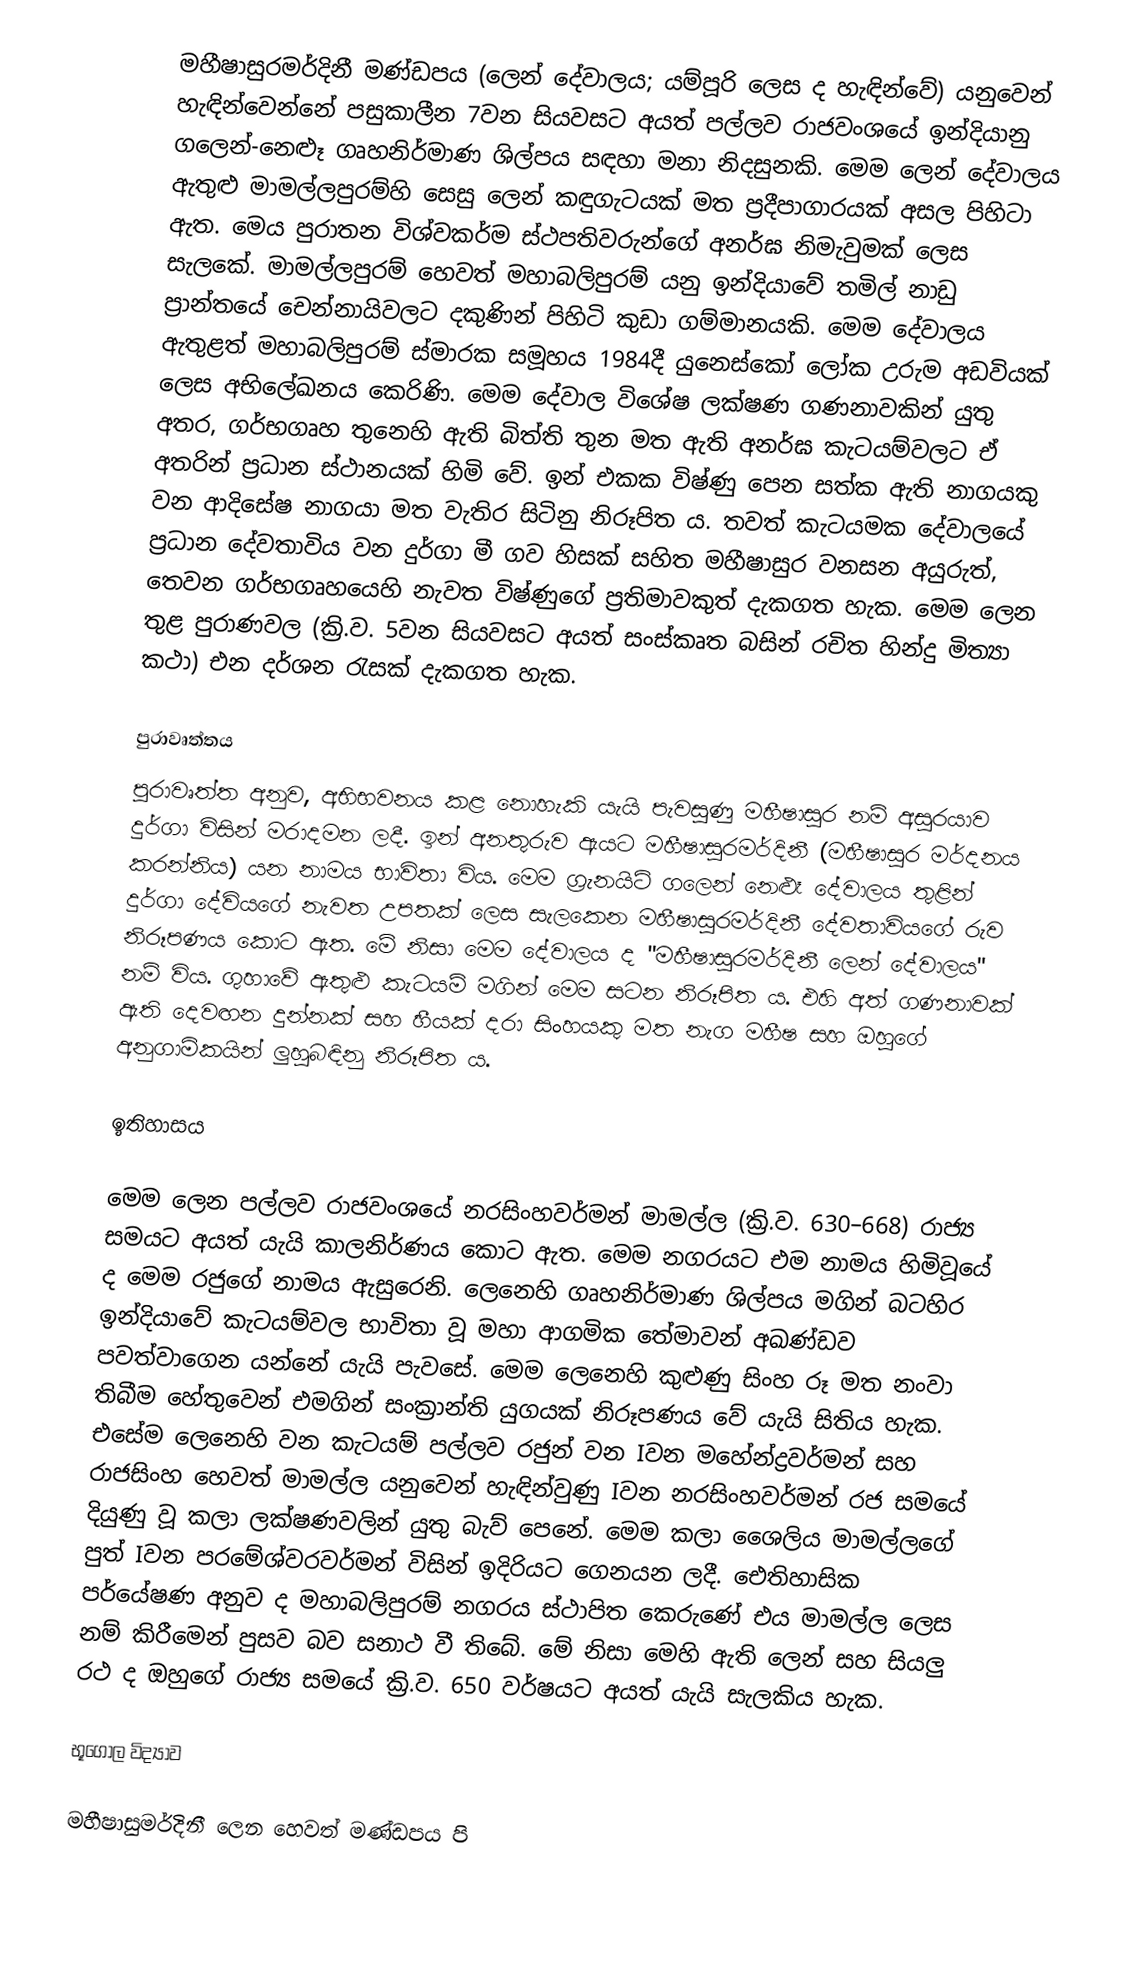
මහීෂාසුරමර්දිනී මණ්ඩපය (ලෙන් දේවාලය; යම්පූරි ලෙස ද හැඳින්වේ) යනුවෙන් හැඳින්වෙන්නේ පසුකාලීන 7වන සියවසට අයත් පල්ලව රාජවංශයේ ඉන්දියානු ගලෙන්-නෙළූ ගෘහනිර්මාණ ශිල්පය සඳහා මනා නිදසුනකි. මෙම ලෙන් දේවාලය ඇතුළු මාමල්ලපුරම්හි සෙසු ලෙන් කඳුගැටයක් මත ප්‍රදීපාගාරයක් අසල පිහිටා ඇත. මෙය පුරාතන විශ්වකර්ම ස්ථපතිවරුන්ගේ අනර්ඝ නිමැවුමක් ලෙස සැලකේ. මාමල්ලපුරම් හෙවත් මහාබලිපුරම් යනු ඉන්දියාවේ තමිල් නාඩු ප්‍රාන්තයේ චෙන්නායිවලට දකුණින් පිහිටි කුඩා ගම්මානයකි. මෙම දේවාලය ඇතුළත් මහාබලිපුරම් ස්මාරක සමූහය 1984දී යුනෙස්කෝ ලෝක උරුම අඩවියක් ලෙස අභිලේඛනය කෙරිණි. මෙම දේවාල විශේෂ ලක්ෂණ ගණනාවකින් යුතු අතර, ගර්භගෘහ තුනෙහි ඇති බිත්ති තුන මත ඇති අනර්ඝ කැටයම්වලට ඒ අතරින් ප්‍රධාන ස්ථානයක් හිමි වේ. ඉන් එකක විෂ්ණු පෙන සත්ක ඇති නාගයකු වන ආදිසේෂ නාගයා මත වැතිර සිටිනු නිරූපිත ය. තවත් කැටයමක දේවාලයේ ප්‍රධාන දේවතාවිය වන දුර්ගා මී ගව හිසක් සහිත මහීෂාසුර වනසන අයුරුත්, තෙවන ගර්භගෘහයෙහි නැවත විෂ්ණුගේ ප්‍රතිමාවකුත් දැකගත හැක. මෙම ලෙන තුළ පුරාණවල (ක්‍රි.ව. 5වන සියවසට අයත් සංස්කෘත බසින් රචිත හින්දු මිත්‍යා කථා) එන දර්ශන රැසක් දැකගත හැක.

පුරාවෘත්තය
පුරාවෘත්ත අනුව, අභිභවනය කළ නොහැකි යැයි පැවසුණු මහීෂාසුර නම් අසුරයාව දුර්ගා විසින් මරාදමන ලදී. ඉන් අනතුරුව ඇයට මහීෂාසුරමර්දිනී (මහීෂාසුර මර්දනය කරන්නිය) යන නාමය භාවිතා විය. මෙම ග්‍රැනයිට් ගලෙන් නෙළූ දේවාලය තුළින් දුර්ගා දේවියගේ නැවත උපතක් ලෙස සැලකෙන මහීෂාසුරමර්දිනී‍ දේවතාවියගේ රුව නිරූපණය කොට ඇත. මේ නිසා මෙම දේවාලය ද "මහීෂාසුරමර්දිනී ලෙන් දේවාලය" නම් විය. ගුහාවේ ඇතුළු කැටයම් මගින් මෙම සටන නිරූපිත ය. එහි අත් ගණනාවක් ඇති දෙවඟන දුන්නක් සහ හීයක් දරා සිංහයකු මත නැග මහීෂ සහ ඔහුගේ අනුගාමිකයින් ලුහුබඳිනු නිරූපිත ය.

ඉතිහාසය

මෙම ලෙන පල්ලව රාජවංශයේ නරසිංහවර්මන් මාමල්ල (ක්‍රි.ව. 630–668) රාජ්‍ය සමයට අයත් යැයි කාලනිර්ණය කොට ඇත. මෙම නගරයට එම නාමය හිමිවූයේ ද මෙම රජුගේ නාමය ඇසුරෙනි. ලෙනෙහි ගෘහනිර්මාණ ශිල්පය මගින් බටහිර ඉන්දියාවේ කැටයම්වල භාවිතා වූ මහා ආගමික තේමාවන් අඛණ්ඩව පවත්වාගෙන යන්නේ යැයි පැවසේ. මෙම ලෙනෙහි කුළුණු සිංහ රූ මත නංවා තිබීම හේතුවෙන් එමගින් සංක්‍රාන්ති යුගයක් නිරූපණය වේ යැයි සිතිය හැක. එසේම ලෙනෙහි වන කැටයම් පල්ලව රජුන් වන Iවන මහේන්ද්‍රවර්මන් සහ රාජසිංහ හෙවත් මාමල්ල යනුවෙන් හැඳින්වුණු Iවන නරසිංහවර්මන් රජ සමයේ දියුණු වූ කලා ලක්ෂණවලින් යුතු බැව් පෙනේ. මෙම කලා ශෛලිය මාමල්ලගේ පුත් Iවන පරමේශ්වරවර්මන් විසින් ඉදිරියට ගෙනයන ලදී. ඓතිහාසික පර්යේෂණ අනුව ද මහාබලිපුරම් නගරය ස්ථාපිත කෙරුණේ එය මාමල්ල ලෙස නම් කිරීමෙන් පුසව බව සනාථ වී තිබේ. මේ නිසා මෙහි ඇති ලෙන් සහ සියලු රථ ද ඔහුගේ රාජ්‍ය සමයේ ක්‍රි.ව. 650 වර්ෂයට අයත් යැයි සැලකිය හැක.

භූගෝල විද්‍යාව

මහීෂාසුමර්දිනී ලෙන හෙවත් මණ්ඩපය පි